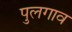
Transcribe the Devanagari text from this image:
पुलगाव